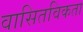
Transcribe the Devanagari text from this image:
वासितविकता